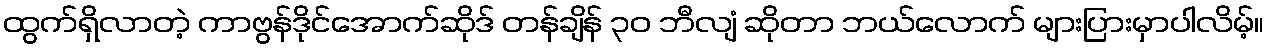
ထွက်ရှိလာတဲ့ ကာဗွန်ဒိုင်အောက်ဆိုဒ် တန်ချိန် ၃၀ ဘီလျံ ဆိုတာ ဘယ်လောက် များပြားမှာပါလိမ့်။